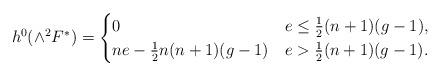
LaTeX: \begin{align*}h^0(\wedge^2 F^*) = \begin{cases}0 & e \le \frac{1}{2}(n+1)(g-1), \\ne - \frac{1}{2} n(n+1)(g-1) & e > \frac{1}{2}(n+1)(g-1).\end{cases}\end{align*}